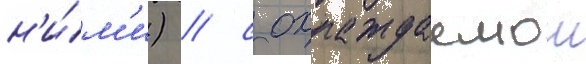
н'и́м'и) / с охлаждаемои